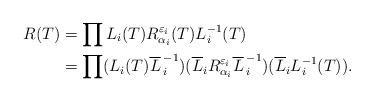
LaTeX: \begin{align*}R(T)&=\prod L_i(T) R^{\varepsilon_i}_{\alpha_i}(T) L^{-1}_i(T)\\&=\prod (L_i(T){\overline{L}\,}^{-1}_i) (\overline{L}_i R^{\varepsilon_i}_{\alpha_i}{\overline{L}\,}^{-1}_i) (\overline{L}_i L^{-1}_i(T)).\end{align*}